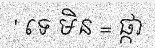
' ទេ មិន = ផ្កា